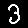
Digit: 3